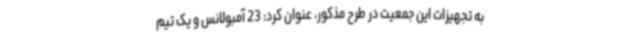
به تجهیزات این جمعیت در طرح مذکور، عنوان کرد: 23 آمبولانس و یک تیم